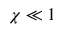
\chi \ll 1